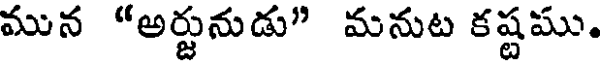
మున "అర్జునుడు" మనుట కష్టము.